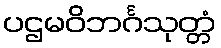
ပဌမဝိဘင်္ဂသုတ္တံ